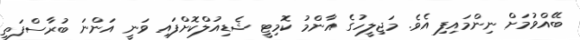
ބޭއްވުމަށް ނިންމައިފި އެވެ. މަޖިލީހުގެ އާންމު ކޮމިޓީ ޝެޑިއުލްކޮށްފައި ވަނީ އަންނަ ބުރާސްފަތި